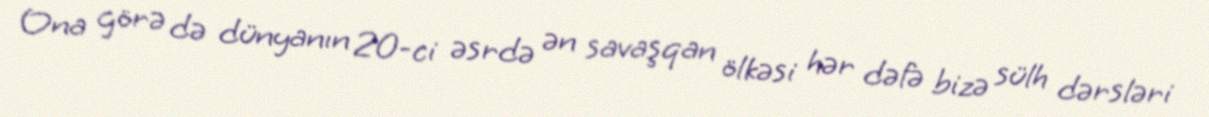
Ona görə də dünyanın 20-ci əsrdə ən savaşqan ölkəsi hər dəfə bizə sülh dərsləri